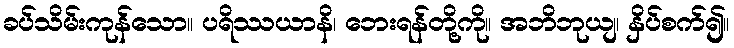
ခပ်သိမ်းကုန်သော။ ပရိဿယာနိ၊ ဘေးရန်တို့ကို။ အဘိဘုယျ၊ နှိပ်စက်၍။